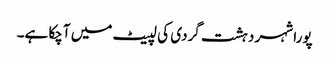
پورا شہر دہشت گردی کی لپیٹ میں آچکا ہے۔